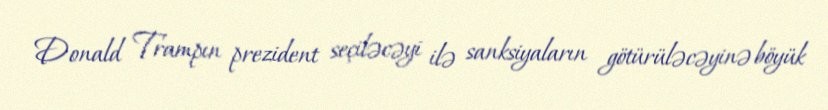
Donald Trampın prezident seçiləcəyi ilə sanksiyaların götürüləcəyinə böyük